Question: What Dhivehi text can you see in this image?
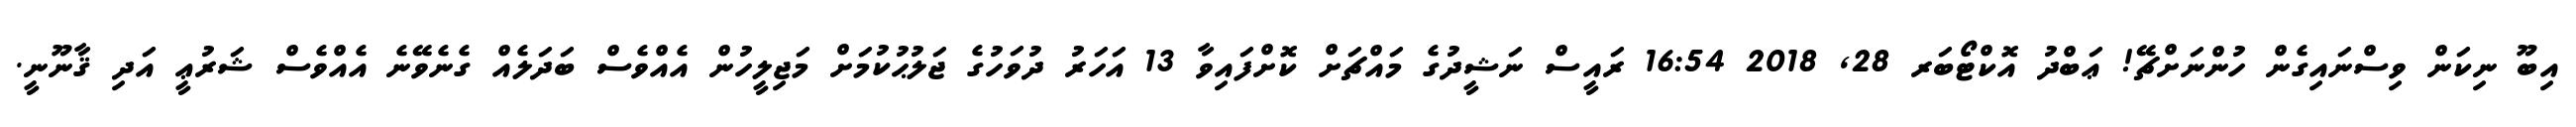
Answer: އިބޫ ނިކަން ވިސްނައިގެން ހުންނަށްޗޭ! ޢަބްދު އޮކްޓޯބަރ 28, 2018 16:54 ރައީސް ނަޝީދުގެ މައްޗަށް ކޮށްފައިވާ 13 އަހަރު ދުވަހުގެ ޖަލުޙުކުމަށް މަޖިލީހުން އެއްވެސް ބަދަލެއް ގެނެވޭނެ އެއްވެސް ޝަރުޢީ އަދި ޤާނޫނީ.